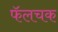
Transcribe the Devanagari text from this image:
फॅलचक